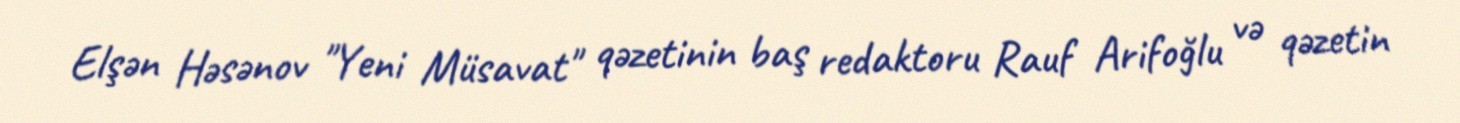
Elşən Həsənov "Yeni Müsavat" qəzetinin baş redaktoru Rauf Arifoğlu və qəzetin